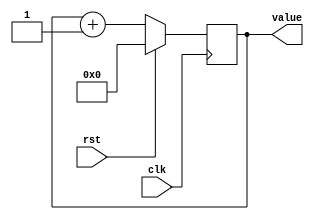
/*
   This file was generated automatically by Alchitry Labs version 1.2.7.
   Do not edit this file directly. Instead edit the original Lucid source.
   This is a temporary file and any changes made to it will be destroyed.
*/

/*
   Parameters:
     SIZE = 32
     DIV = 0
     TOP = 0
     UP = 1
*/
module counter_23 (
    input clk,
    input rst,
    output reg [31:0] value
  );
  
  localparam SIZE = 6'h20;
  localparam DIV = 1'h0;
  localparam TOP = 1'h0;
  localparam UP = 1'h1;
  
  
  reg [31:0] M_ctr_d, M_ctr_q = 1'h0;
  
  localparam MAX_VALUE = 1'h0;
  
  always @* begin
    M_ctr_d = M_ctr_q;
    
    value = M_ctr_q;
    if (1'h1) begin
      M_ctr_d = M_ctr_q + 1'h1;
      if (1'h0 && M_ctr_q == 1'h0) begin
        M_ctr_d = 1'h0;
      end
    end else begin
      M_ctr_d = M_ctr_q - 1'h1;
      if (1'h0 && M_ctr_q == 1'h0) begin
        M_ctr_d = 1'h0;
      end
    end
  end
  
  always @(posedge clk) begin
    if (rst == 1'b1) begin
      M_ctr_q <= 1'h0;
    end else begin
      M_ctr_q <= M_ctr_d;
    end
  end
  
endmodule